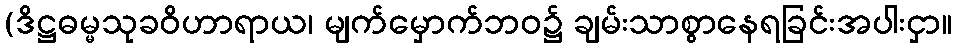
(ဒိဋ္ဌဓမ္မသုခဝိဟာရာယ၊ မျက်မှောက်ဘဝ၌ ချမ်းသာစွာနေရခြင်းအပါးငှာ။